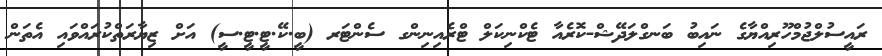
ރައީސުލްޖުމްހޫރިއްޔާގެ ނައިބު ބަނގްލަދޭޝް-ކޮރެއާ ޓެކްނިކަލް ޓްރެއިނިންގ ސެންޓަރ (ބީ.ކޭ.ޓީ.ޓީ.ސީ) އަށް ޒިޔާރަތްކުރައްވައި އެތަން